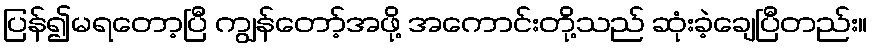
ပြန်၍မရတော့ပြီ ကျွန်တော့်အဖို့ အကောင်းတို့သည် ဆုံးခဲ့ချေပြီတည်း။